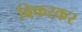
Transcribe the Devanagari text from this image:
बिफरकर